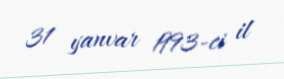
31 yanvar 1993-ci il